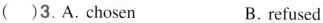
( )3. A. chosen B. refused